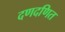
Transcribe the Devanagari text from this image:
दणदणित